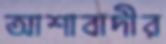
আশাবাদীর